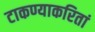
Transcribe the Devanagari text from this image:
टाकण्याकरितां